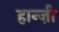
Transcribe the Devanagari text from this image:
हान्ज़ी